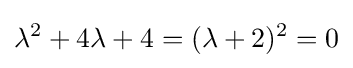
\lambda ^{2}+4\lambda +4=(\lambda +2)^{2}=0